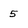
Character: 5